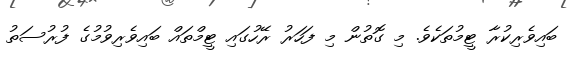
ބައިވެރިކުރާ ޓީމުތަކެވެ. މި ގޮތުން މި ފަހަރު ރޭހުގައި ޓީމްތައް ބައިވެރިވުމުގެ ފުރުސަތު